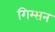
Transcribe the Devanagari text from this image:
गिम्सन